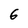
Character: 6